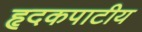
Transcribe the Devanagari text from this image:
हृदकपाटीय